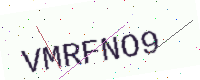
Text: VMRFNO9